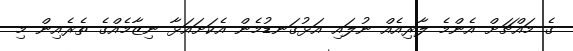
ގެ މައްޗަށް އެންމެ ލާރިއެއް ނުލައި އަޅުގަނޑުމެން އެކަށައަޅާ ނިޒާމެއްގެ ތެރެއިން މި